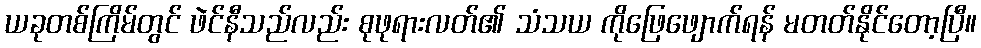
ယခုတစ်ကြိမ်တွင် ဖဲင်နီသည်လည်း စုဖုရားလတ်၏ သံသယ ကိုဖြေဖျောက်ရန် မတတ်နိုင်တော့ပြီ။